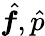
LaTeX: \hat{\boldsymbol f},\hat{p}